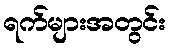
ရက်များအတွင်း